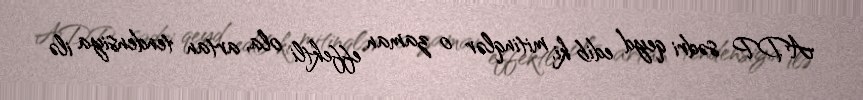
ADP sədri qeyd edib ki, mitinqlər o zaman effektli ola, artan tendensiya ilə